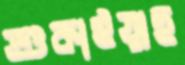
শুকাইয়াছ